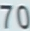
70